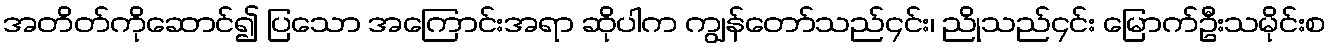
အတိတ်ကိုဆောင်၍ ပြသော အကြောင်းအရာ ဆိုပါက ကျွန်တော်သည်၄င်း၊ ညိုသည်၄င်း မြောက်ဦးသမိုင်းစ